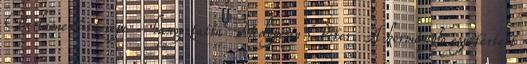
Parlament szerepe - hangoztatta Medgyessy Péter. A kormányfő egyetértett